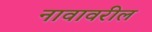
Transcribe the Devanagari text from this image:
नावावरील